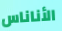
الأناناس